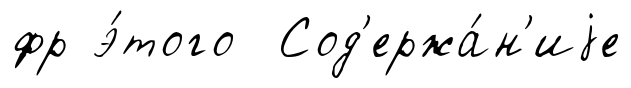
фр э́того Сод'ержа́н'иjе